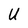
Character: U